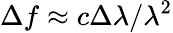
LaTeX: \Delta f\approx c\Delta\lambda/\lambda^{2}